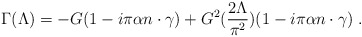
\begin{align*}\Gamma(\Lambda) = -G(1-i\pi\alpha n\cdot\gamma)+G^2(\frac{2\Lambda}{\pi^2})(1-i\pi\alpha n\cdot\gamma)\;.\end{align*}